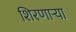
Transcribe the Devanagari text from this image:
शिरणाऱ्या